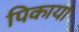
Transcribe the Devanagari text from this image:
पिकाया